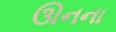
ઊનના